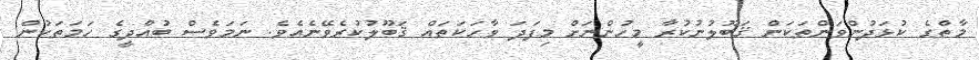
މާތްގެ ކުޅަދުންވަންތަކަން ޤަބޫލުނުކުރާ މީހުންނަށް މިފަދަ ވާހަކަތައް ޤަބޫލުކުރެވޭނެއެވެ. ނަމަވެސް ބުއްދީގެ ހަމަތަކުން